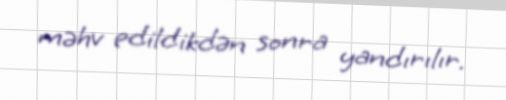
məhv edildikdən sonra yandırılır.